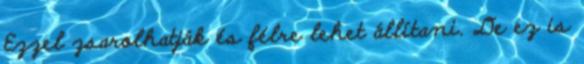
Ezzel zsarolhatják és félre lehet állítani. De ez is